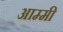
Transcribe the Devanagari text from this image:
आम्मी